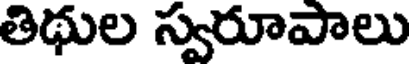
తిథుల స్వరూపాలు